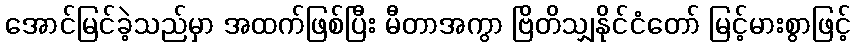
အောင်မြင်ခဲ့သည်မှာ အထက်ဖြစ်ပြီး မီတာအကွာ ဗြိတိသျှနိုင်ငံတော် မြင့်မားစွာဖြင့်